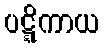
ပဋ္ဋိကာယ